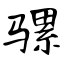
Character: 骡